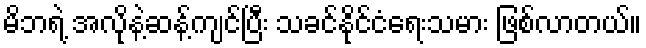
မိဘရဲ့ အလိုနဲ့ဆန့်ကျင်ပြီး သခင်နိုင်ငံရေးသမား ဖြစ်လာတယ်။